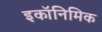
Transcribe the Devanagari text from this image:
इकॉनिमिक